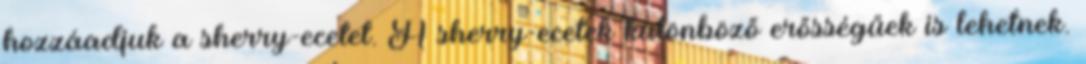
hozzáadjuk a sherry-ecetet. A sherry-ecetek különböző erősségűek is lehetnek.